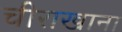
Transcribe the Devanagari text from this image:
चीराखाना